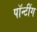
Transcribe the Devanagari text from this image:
पॉन्टींग